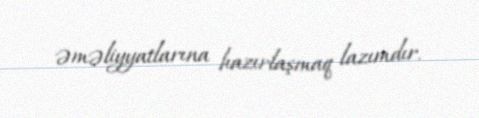
əməliyyatlarına hazırlaşmaq lazımdır.